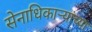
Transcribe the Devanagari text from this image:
सेनाधिकाऱ्यांच्या